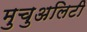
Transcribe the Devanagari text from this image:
मुचुअलिटी